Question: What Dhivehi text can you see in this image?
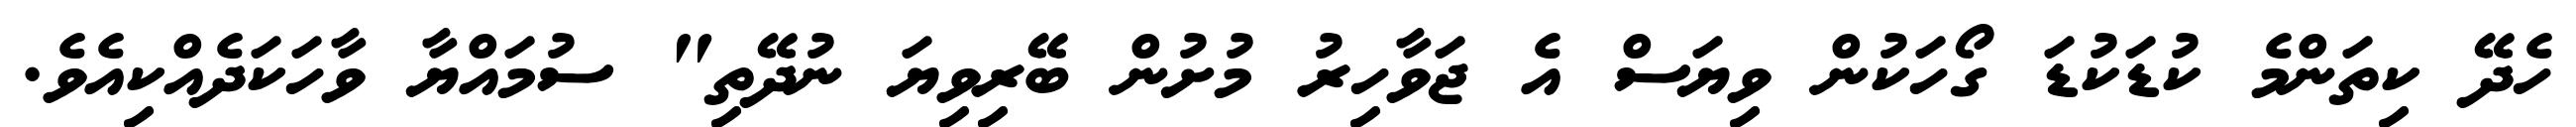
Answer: ހެދޭ ކިތަންމެ ކުޑަކުޑަ ގޯހަކުން ވިޔަސް އެ ޖަވާހިރު މުށުން ބޭރިވިޔަ ނުދޭތި" ސުމައްޔާ ވާހަކަދެއްކިއެވެ.